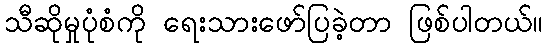
သီဆိုမှုပုံစံကို ရေးသားဖော်ပြခဲ့တာ ဖြစ်ပါတယ်။